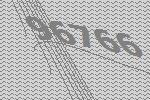
96766